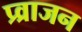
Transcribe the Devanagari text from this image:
प्र्व्राजन